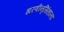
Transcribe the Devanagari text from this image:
झरणीनृसिंहाला